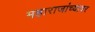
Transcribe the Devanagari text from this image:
महाराजांच्यावर